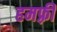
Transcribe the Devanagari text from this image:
हमफ़्री